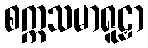
စက္ကသမာရူဠှာ